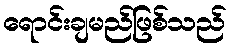
ရောင်းချမည်ဖြစ်သည်